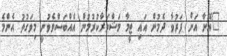
"އޭނާ އަށް ފަރުވާ ދެމުން އައި ޓީމާ މަޝްވަރާކުރުމުން އެއްބަސްވެވުނީ މިވަގުތު އެންމެ